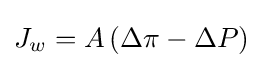
J_{w}=A\left(\Delta \pi -\Delta P\right)